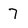
Character: 7